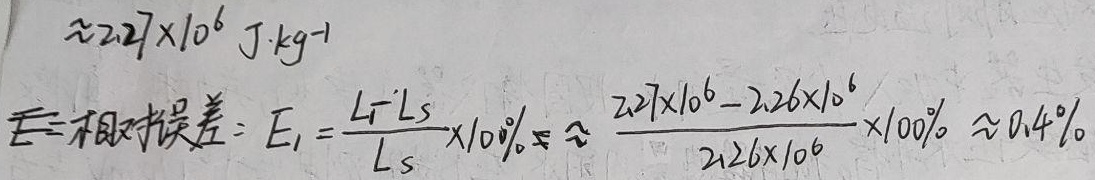
$\approx 2.27\times 10^{6}\ \text{J}\cdot\text{kg}^{-1}$
$E = \text{相对误差} = E_{1}=\frac{L_{1}-L_{S}}{L_{S}}\times 100\%=\frac{2.27\times 10^{6}-2.26\times 10^{6}}{2.26\times 10^{6}}\times 100\% \approx 0.4\%$